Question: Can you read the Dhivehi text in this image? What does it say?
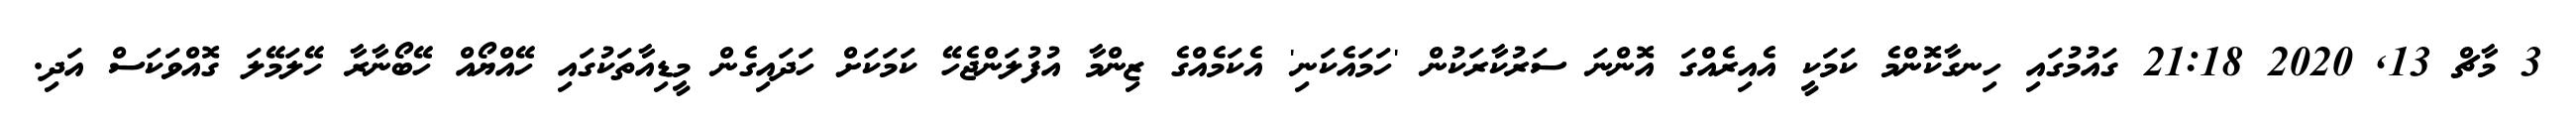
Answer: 3 މާޗް 13, 2020 21:18 ގައުމުގައި ހިނގާކޮންމެ ކަމަކީ އެއިރެއްގަ އޮންނަ ސަރުކާރަކުން 'ހަމައެކަނި' އެކަމެއްގެ ޒިންމާ އުފުލަންޖެހޭ ކަމަކަށް ހަދައިގެން މީޑިއާތަކުގައި ހޭއްޔޯއް ހޭބޯނާރާ ހޭލަމޭލަ ގޮއްވަކަސް އަދި.